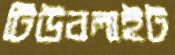
টিউবলাইট